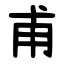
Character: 甫